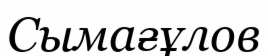
Сымағұлов